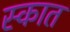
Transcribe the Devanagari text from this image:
स्कात